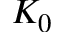
K _ { 0 }